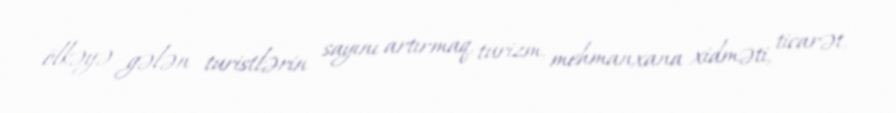
ölkəyə gələn turistlərin sayını artırmaq, turizm, mehmanxana xidməti, ticarət,